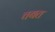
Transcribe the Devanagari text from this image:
चबत